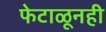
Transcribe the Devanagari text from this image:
फेटाळूनही